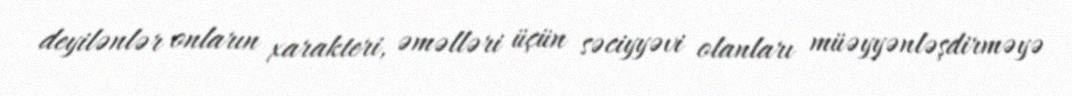
deyilənlər onların xarakteri, əməlləri üçün səciyyəvi olanları müəyyənləşdirməyə